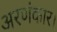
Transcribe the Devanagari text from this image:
अरणंकार।